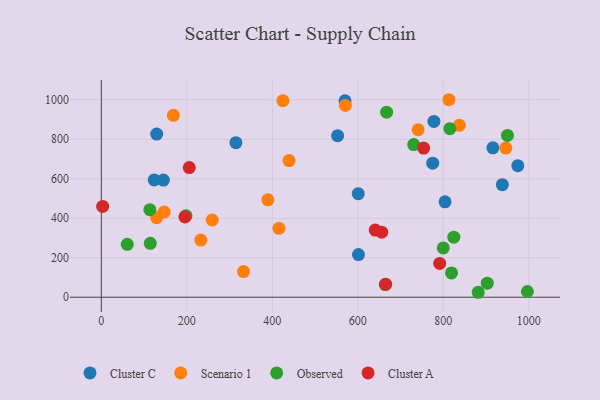
{"axis": {"x": "Experience", "y": "Sales"}, "legend": ["Cluster A", "Cluster C", "Observed", "Scenario 1"], "data": [{"x": "570.0", "y": 994.4, "type": "Cluster C"}, {"x": "938.1", "y": 570.0, "type": "Cluster C"}, {"x": "314.8", "y": 782.5, "type": "Cluster C"}, {"x": "804.1", "y": 482.9, "type": "Cluster C"}, {"x": "601.0", "y": 524.5, "type": "Cluster C"}, {"x": "145.1", "y": 593.1, "type": "Cluster C"}, {"x": "552.7", "y": 817.9, "type": "Cluster C"}, {"x": "775.2", "y": 678.7, "type": "Cluster C"}, {"x": "123.7", "y": 593.9, "type": "Cluster C"}, {"x": "129.5", "y": 825.9, "type": "Cluster C"}, {"x": "916.0", "y": 756.3, "type": "Cluster C"}, {"x": "974.3", "y": 666.2, "type": "Cluster C"}, {"x": "778.1", "y": 890.2, "type": "Cluster C"}, {"x": "601.5", "y": 215.9, "type": "Cluster C"}, {"x": "389.6", "y": 493.1, "type": "Scenario 1"}, {"x": "232.6", "y": 289.3, "type": "Scenario 1"}, {"x": "147.0", "y": 431.0, "type": "Scenario 1"}, {"x": "570.9", "y": 971.2, "type": "Scenario 1"}, {"x": "946.2", "y": 755.3, "type": "Scenario 1"}, {"x": "168.5", "y": 920.7, "type": "Scenario 1"}, {"x": "424.7", "y": 995.3, "type": "Scenario 1"}, {"x": "837.4", "y": 870.1, "type": "Scenario 1"}, {"x": "415.4", "y": 348.8, "type": "Scenario 1"}, {"x": "439.0", "y": 691.6, "type": "Scenario 1"}, {"x": "741.0", "y": 847.9, "type": "Scenario 1"}, {"x": "259.4", "y": 390.9, "type": "Scenario 1"}, {"x": "129.3", "y": 402.8, "type": "Scenario 1"}, {"x": "813.1", "y": 999.9, "type": "Scenario 1"}, {"x": "332.6", "y": 129.7, "type": "Scenario 1"}, {"x": "667.4", "y": 936.9, "type": "Observed"}, {"x": "996.7", "y": 29.0, "type": "Observed"}, {"x": "113.5", "y": 443.5, "type": "Observed"}, {"x": "824.6", "y": 304.3, "type": "Observed"}, {"x": "60.6", "y": 268.0, "type": "Observed"}, {"x": "950.1", "y": 819.0, "type": "Observed"}, {"x": "815.3", "y": 853.1, "type": "Observed"}, {"x": "198.1", "y": 412.1, "type": "Observed"}, {"x": "664.2", "y": 64.1, "type": "Observed"}, {"x": "730.7", "y": 772.7, "type": "Observed"}, {"x": "819.2", "y": 123.3, "type": "Observed"}, {"x": "114.5", "y": 273.0, "type": "Observed"}, {"x": "881.7", "y": 25.1, "type": "Observed"}, {"x": "799.9", "y": 249.4, "type": "Observed"}, {"x": "902.9", "y": 71.0, "type": "Observed"}, {"x": "655.9", "y": 329.4, "type": "Cluster A"}, {"x": "791.6", "y": 171.4, "type": "Cluster A"}, {"x": "3.0", "y": 459.7, "type": "Cluster A"}, {"x": "640.7", "y": 339.9, "type": "Cluster A"}, {"x": "754.0", "y": 755.2, "type": "Cluster A"}, {"x": "195.5", "y": 406.5, "type": "Cluster A"}, {"x": "205.7", "y": 656.5, "type": "Cluster A"}, {"x": "665.2", "y": 65.8, "type": "Cluster A"}]}